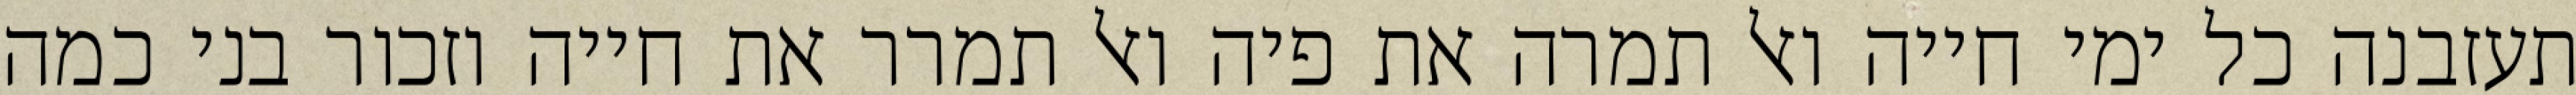
תעזבנה כל ימי חייה ואל תמרה את פיה ואל תמרר את חייה וזכור בני כמה